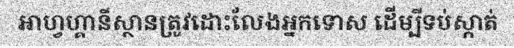
អាហ្វហ្គានីស្ថានត្រូវដោះលែងអ្នកទោស ដើម្បីទប់ស្កាត់